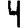
Digit: 4